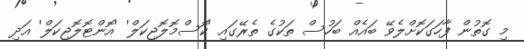
މި ގޮތުން ފާހަގަކޮށްލެވޭ ބައެއް ބަހުސް ތަކުގެ ތެރޭގައި 'ކޮސްމޮލޮޖިކަލް' 'އޮންޓޮލޮޖިކަލް' އަދި